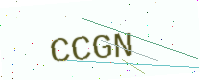
Text: CCGN